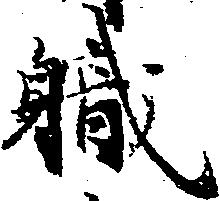
職